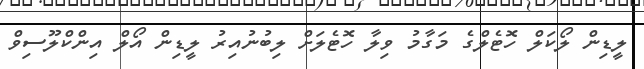
ލީޑިން ލޯކަލް ހޮޓެލްގެ މަގާމު ވިލާ ހޮޓެލަށް ލިބުނުއިރު ލީޑިން އޯލް އިންކްލޫސިވް